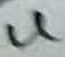
Text: 4